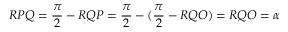
R P Q = { \frac { \pi } { 2 } } - R Q P = { \frac { \pi } { 2 } } - ( { \frac { \pi } { 2 } } - R Q O ) = R Q O = \alpha